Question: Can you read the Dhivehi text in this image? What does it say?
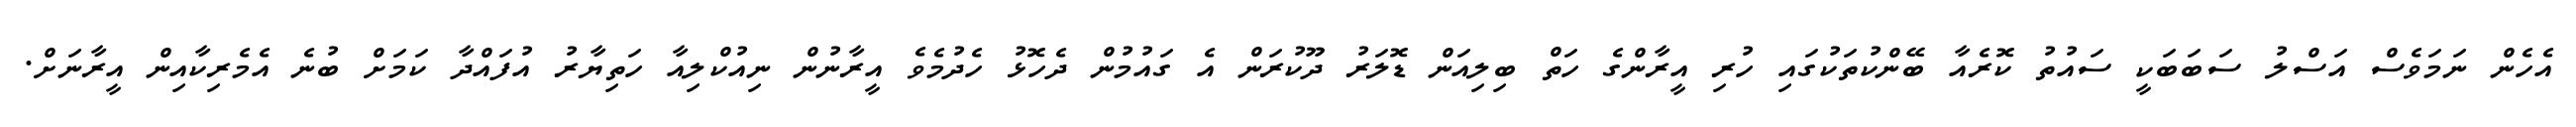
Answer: އެހެން ނަމަވެސް އަސްލު ސަބަބަކީ ސައުތު ކޮރެއާ ބޭންކުތަކުގައި ހުރި އީރާންގެ ހަތް ބިލިއަން ޑޮލަރު ދޫކުރަން އެ ގައުމުން ދެހޮޅު ހެދުމެވެ އީރާނުން ނިއުކްލިއާ ހަތިޔާރު އުފައްދާ ކަމަށް ބުނެ އެމެރިކާއިން އީރާނަށް.